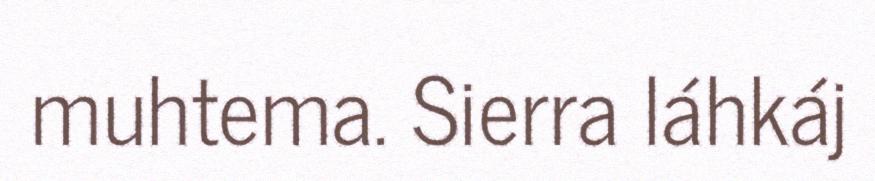
muhtema. Sierra láhkáj